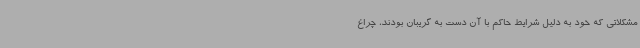
مشکلاتی که خود به دلیل شرایط حاکم با آن دست به گریبان بودند، چراغ